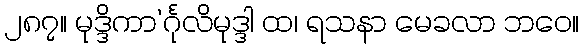
၂၈၇။ မုဒ္ဒိကာ’င်္ဂုလိမုဒ္ဒါ ထ၊ ရသနာ မေခလာ ဘဝေ။